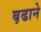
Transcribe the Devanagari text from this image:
ब़ढाने